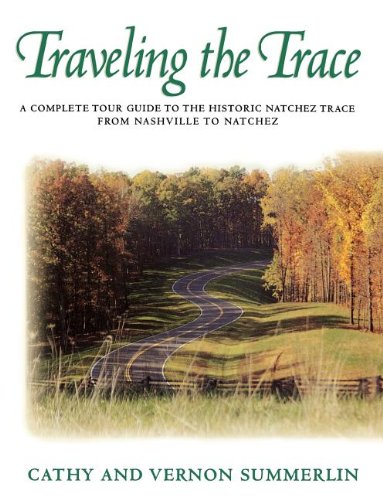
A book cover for Traveling the Trace: A Complete Tour Guide to the Historic Natchez Trace from Nashville to Natchez; Cathy Summerlin; Travel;